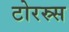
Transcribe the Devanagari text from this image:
टोरस्र्स